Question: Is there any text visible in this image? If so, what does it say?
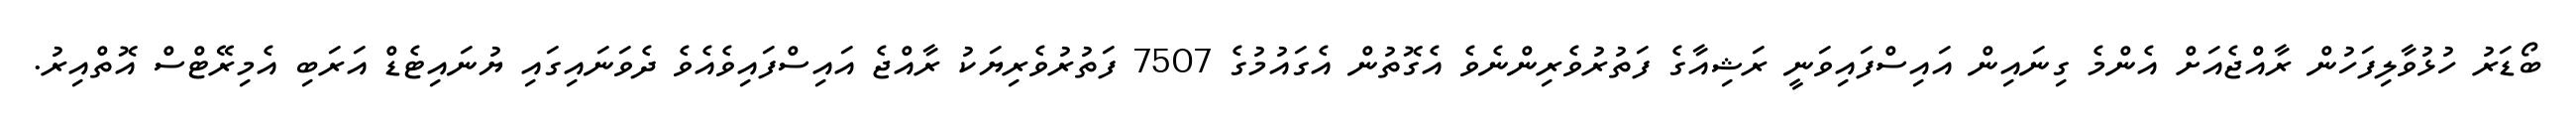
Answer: ބޯޑަރު ހުޅުވާލިފަހުން ރާއްޖެއަށް އެންމެ ގިނައިން އައިސްފައިވަނީ ރަޝިއާގެ ފަތުރުވެރިންނެވެ އެގޮތުން އެގައުމުގެ 7507 ފަތުރުވެރިޔަކު ރާއްޖެ އައިސްފައިވެއެވެ ދެވަނައިގައި ޔުނައިޓެޑް އަރަބި އެމިރޭޓްސް އޮތްއިރު.